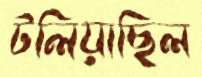
টলিয়াছিল